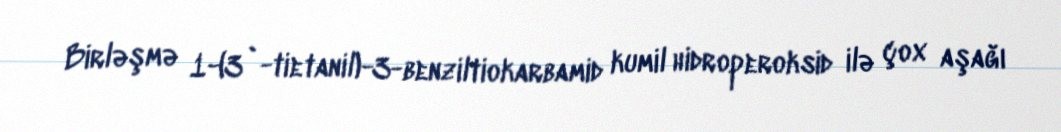
Birləşmə 1-(3`-tietanil)-3-benziltiokarbamid kumil hidroperoksid ilə çox aşağı